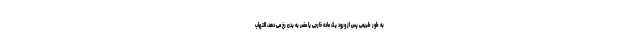
به طور طبیعی پس از ورود یک ماده خارجی یا مضر به بدن رخ می دهد، التهاب